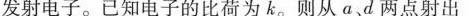
发射电子。已知电子的比荷为k。则从a.d两点射出